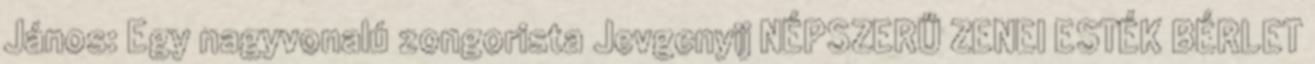
János: Egy nagyvonalú zongorista Jevgenyij NÉPSZERŰ ZENEI ESTÉK BÉRLET